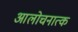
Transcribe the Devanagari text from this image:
आलोचनात्क